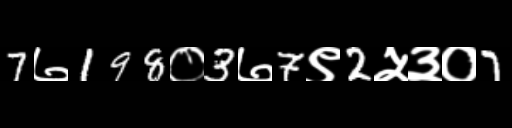
Text: 7७198०3७7९2५३०7